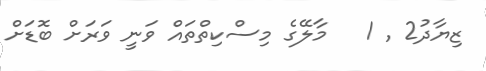
ޒިޔާދު2